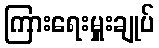
ကြားရေးမှူးချုပ်